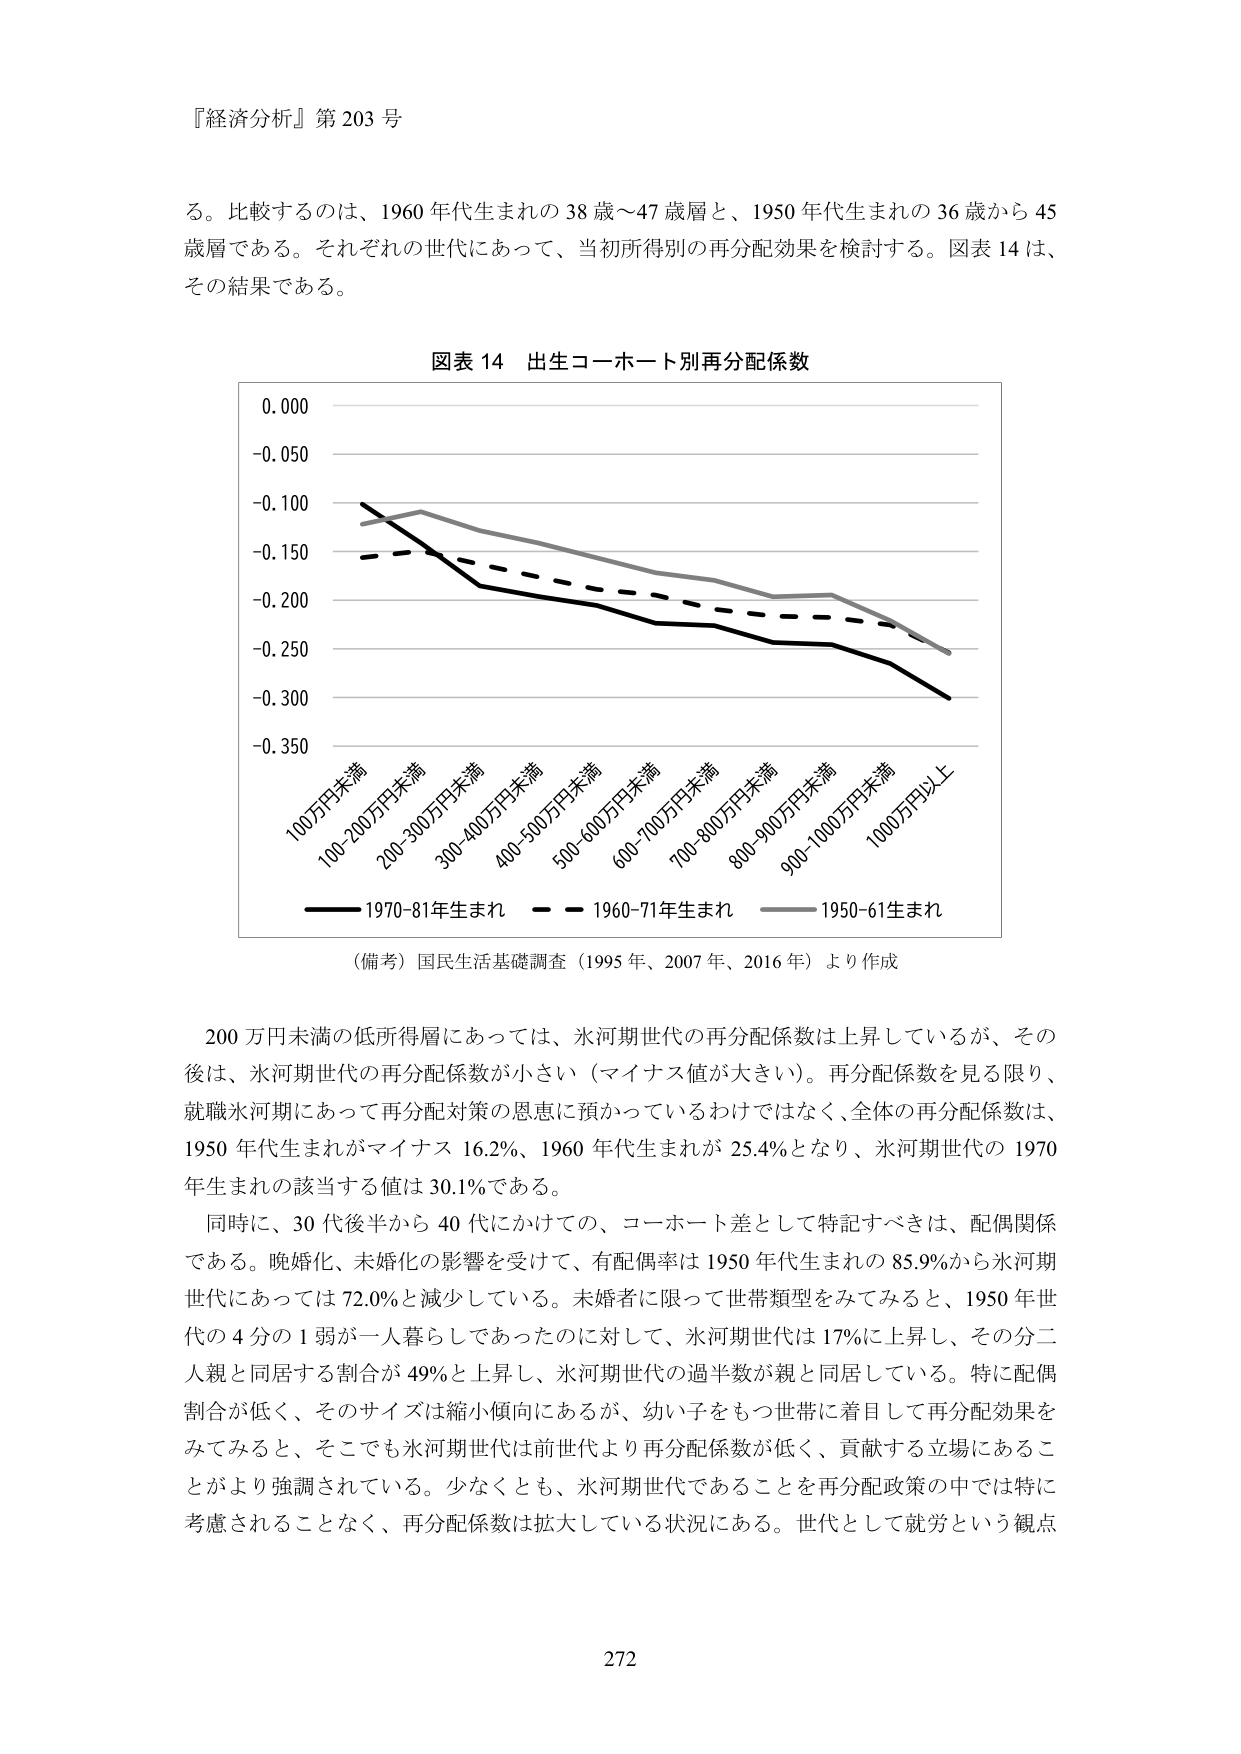
『経済分析』第 203 号

る。比較するのは、1960 年代生まれの 38 歳～47 歳層と、1950 年代生まれの 36 歳から 45 歳層である。それぞれの世代にあって、当初所得別の再分配効果を検討する。図表 14 は、その結果である。

図表 14 出生コ－ホ－ト別再分配係数

0.000
-0.050
-0.100
-0.150
-0.200
-0.250
-0.300
-0.350

100万円未満
100-200万円未満
200-300万円未満
300-400万円未満
400-500万円未満
500-600万円未満
600-700万円未満
700-800万円未満
800-900万円未満
900-1000万円未満
1000万円以上

―― 1970-81年生まれ
―― 1960-71年生まれ
―― 1950-61生まれ

（備考）国民生活基礎調査（1995 年、2007 年、2016 年）より作成

200 万円未満の低所得層にあっては、氷河期世代の再分配係数は上昇しているが、その後は、氷河期世代の再分配係数が小さい（マイナス値が大きい）。再分配係数を見る限り、就職氷河期にあって再分配対策の恩恵に預かっているわけではなく、全体の再分配係数は、1950 年代生まれがマイナス 16.2%、1960 年代生まれが 25.4%となり、氷河期世代の 1970 年生まれの該当する値は 30.1%である。

同時に、30 代後半から 40 代にかけての、コ－ホ－ト差として特記すべきは、配偶関係である。晩婚化、未婚化の影響を受けて、有配偶率は 1950 年代生まれの 85.9%から氷河期世代にあっては 72.0%と減少している。未婚者に限って世帯類型をみてみると、1950 年世代の 4 分の 1 弱が一人暮らしであったのに対して、氷河期世代は 17%に上昇し、その分二人親と同居する割合が 49%と上昇し、氷河期世代の過半数が親と同居している。特に配偶割合が低く、そのサイズは縮小傾向にあるが、幼い子をもつ世帯に着目して再分配効果をみてみると、そこでも氷河期世代は前世代より再分配係数が低く、貢献する立場にあることがより強調されている。少なくとも、氷河期世代であることを再分配政策の中では特に考慮されることなく、再分配係数は拡大している状況にある。世代として就労という観点

272